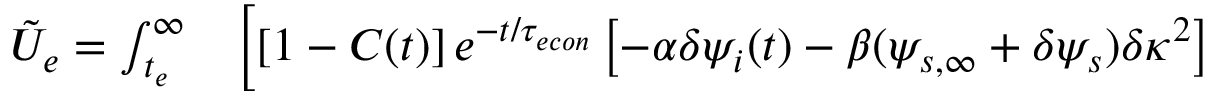
\begin{array} { r l } { \tilde { U } _ { e } = \int _ { t _ { e } } ^ { \infty } } & { { } \Big [ [ 1 - C ( t ) ] \, e ^ { - t / { \tau _ { e c o n } } } \left[ - \alpha \delta \psi _ { i } ( t ) - \beta ( \psi _ { s , \infty } + \delta \psi _ { s } ) \delta \kappa ^ { 2 } \right] } \end{array}